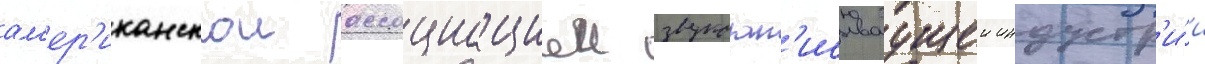
ам'ер'иканскои ассоциациеи звукозап'исываущеи индустр'и́и